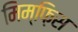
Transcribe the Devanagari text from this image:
मिम्फ़िस